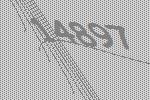
14897